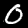
Label: 0